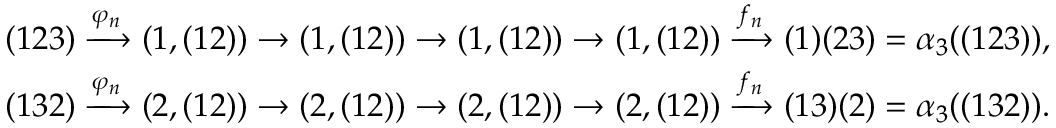
\begin{array} { r } { ( 1 2 3 ) \xrightarrow { \varphi _ { n } } ( 1 , ( 1 2 ) ) \rightarrow ( 1 , ( 1 2 ) ) \rightarrow ( 1 , ( 1 2 ) ) \rightarrow ( 1 , ( 1 2 ) ) \xrightarrow { f _ { n } } ( 1 ) ( 2 3 ) = \alpha _ { 3 } ( ( 1 2 3 ) ) , } \\ { ( 1 3 2 ) \xrightarrow { \varphi _ { n } } ( 2 , ( 1 2 ) ) \rightarrow ( 2 , ( 1 2 ) ) \rightarrow ( 2 , ( 1 2 ) ) \rightarrow ( 2 , ( 1 2 ) ) \xrightarrow { f _ { n } } ( 1 3 ) ( 2 ) = \alpha _ { 3 } ( ( 1 3 2 ) ) . } \end{array}